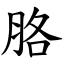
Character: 胳